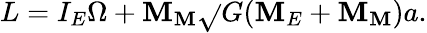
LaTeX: L=I_{E}\Omega+\mathbf{M}_{\mathbf{M}}\sqrt{}{{G(\mathbf{M}_{E}+\mathbf{M}_{\mathbf{M}})a}}.